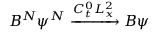
B ^ { N } \psi ^ { N } \xrightarrow [ ] { C _ { t } ^ { 0 } L _ { x } ^ { 2 } } B \psi